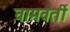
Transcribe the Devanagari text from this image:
वामवर्ती